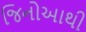
જિનોઆથી